Indian journal of veterinary science and animal husbandry - Volume 11,
Year: 1941
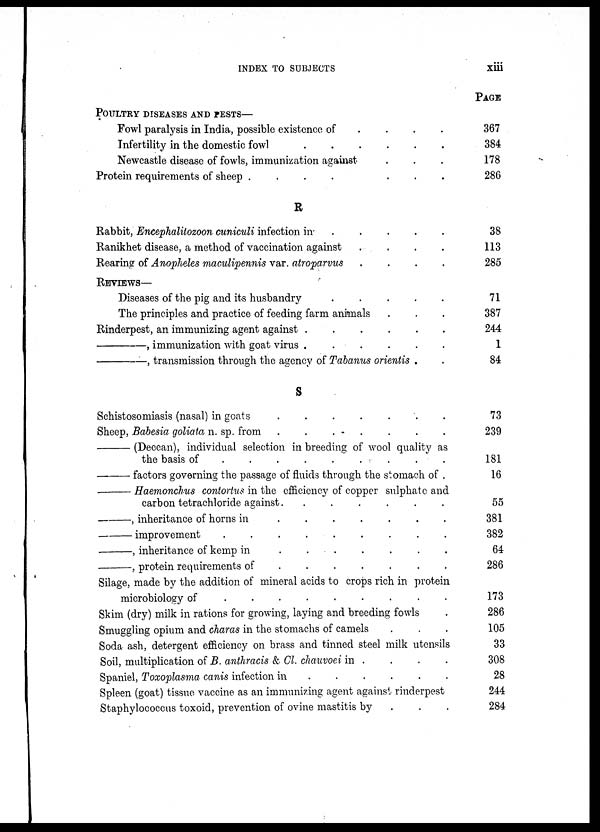
INDEX TO SUBJECTS
xiii
POULTTRY DISEASES AND PESTS—
Fowl paralysis in India, possible existence of . . . .
Infertility in the domestic fowl . . . . . .
Newcastle disease of fowls, immunization against . . .
Protein requirements of sheep
.
.
.
.
.
.
.
.
R
Rabbit, Encephalitozoon cuniculi infection in . . . . .
Ranikhet disease, a method of vaccination against
.
.
.
.
Rearing of Anopheles maculipennis var. atroparvus . . . .
REVIEWS—
Diseases of the pig and its husbandry . . . . . .
The principles and practice of feeding farm animals . . .
Rinderpest, an immunizing agent against
.
.
.
.
.
.
—,
immunization with goat virus . . . . . .
—,
transmission through the agency of Tabanus orientis . .
S
Schistosomiasis (nasal) in goats . . . . . . .
Sheep, Babesia goliata n. sp. from
.
.
.
.
.
.
.
.
—(Deccan),
individual selection in breeding of wool quality as
the basis of
.
.
.
.
.
.
.
.
.
—
factors governing the passage of fluids through the stomach of .
—
Haemonchus contortus in the efficiency of copper sulphate and
carbon tetrachloride against. . . . . . .
—,
inheritance of horns in
.
.
.
.
.
.
.
.
—
improvement
.
.
.
.
.
.
.
.
.
—,
inheritance of kemp in . . . . . . .
—,
protein requirements of
.
.
.
.
.
.
.
.
Silage, made by the addition of mineral acids to crops rich in protein
microbiology of
.
.
.
.
.
.
.
.
Skim (dry) milk in rations for growing, laying and breeding fowls .
Smuggling opium and charas in the stomachs of camels . . .
Soda ash, detergent efficiency on brass and tinned steel milk utensils
Soil, multiplication of B. anthracis & Cl. chauvoei in . . . .
Spaniel, Toxoplasma canis infection in . . . . . .
Spleen (goat) tissue vaccine as an immunizing agent against rinderpest
Staphylococcus toxoid, prevention of ovine mastitis by . . .
PAGE
367
384
178
286
38
113
285
71
387
244
1
84
73
239
181
16
55
381
382
64
286
173
286
105
33
308
28
244
284